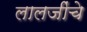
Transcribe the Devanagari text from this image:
लालजींचे